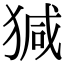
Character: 㺂